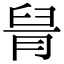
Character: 𦥩